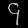
Digit: ၄